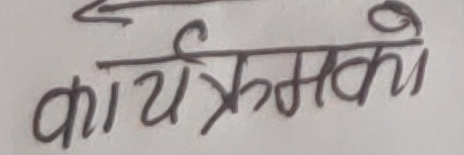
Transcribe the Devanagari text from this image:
कार्यक्रमको